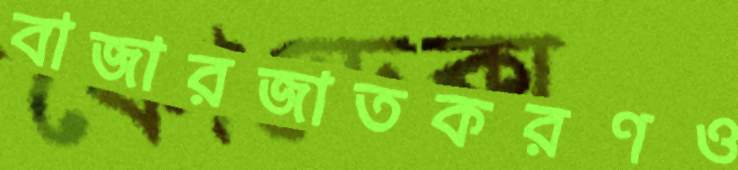
বাজারজাতকরণও